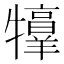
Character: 𤜀